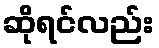
ဆိုရင်လည်း